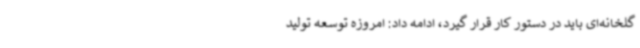
گلخانه‌ای باید در دستور کار قرار گیرد، ادامه داد: امروزه توسعه تولید